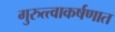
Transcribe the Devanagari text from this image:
गुरुत्त्वाकर्षणात